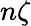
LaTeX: n\zeta